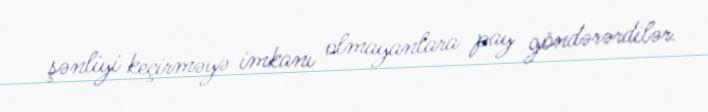
şənliyi keçirməyə imkanı olmayanlara pay göndərərdilər.